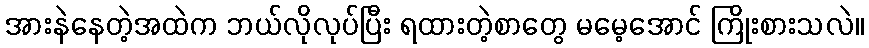
အားနဲနေတဲ့အထဲက ဘယ်လိုလုပ်ပြီး ရထားတဲ့စာတွေ မမေ့အောင် ကြိုးစားသလဲ။